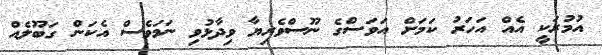
އުމުރަކީ އެއް އަހަރު ކަމަށް އަވަސްގެ ނޫސްވެރިޔާ ވިދާޅުވި ނަމަވެސް އެކަން ގަބޫލެއް